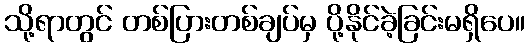
သို့ရာတွင် တစ်ပြားတစ်ချပ်မှ ပို့နိုင်ခဲ့ခြင်းမရှိပေ။